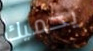
يحميك